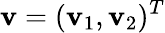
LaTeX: \mathbf{v}=(\mathbf{v}_{1},\mathbf{v}_{2})^{T}